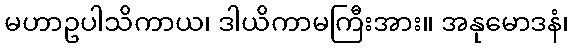
မဟာဥပါသိကာယ၊ ဒါယိကာမကြီးအား။ အနုမောဒနံ၊